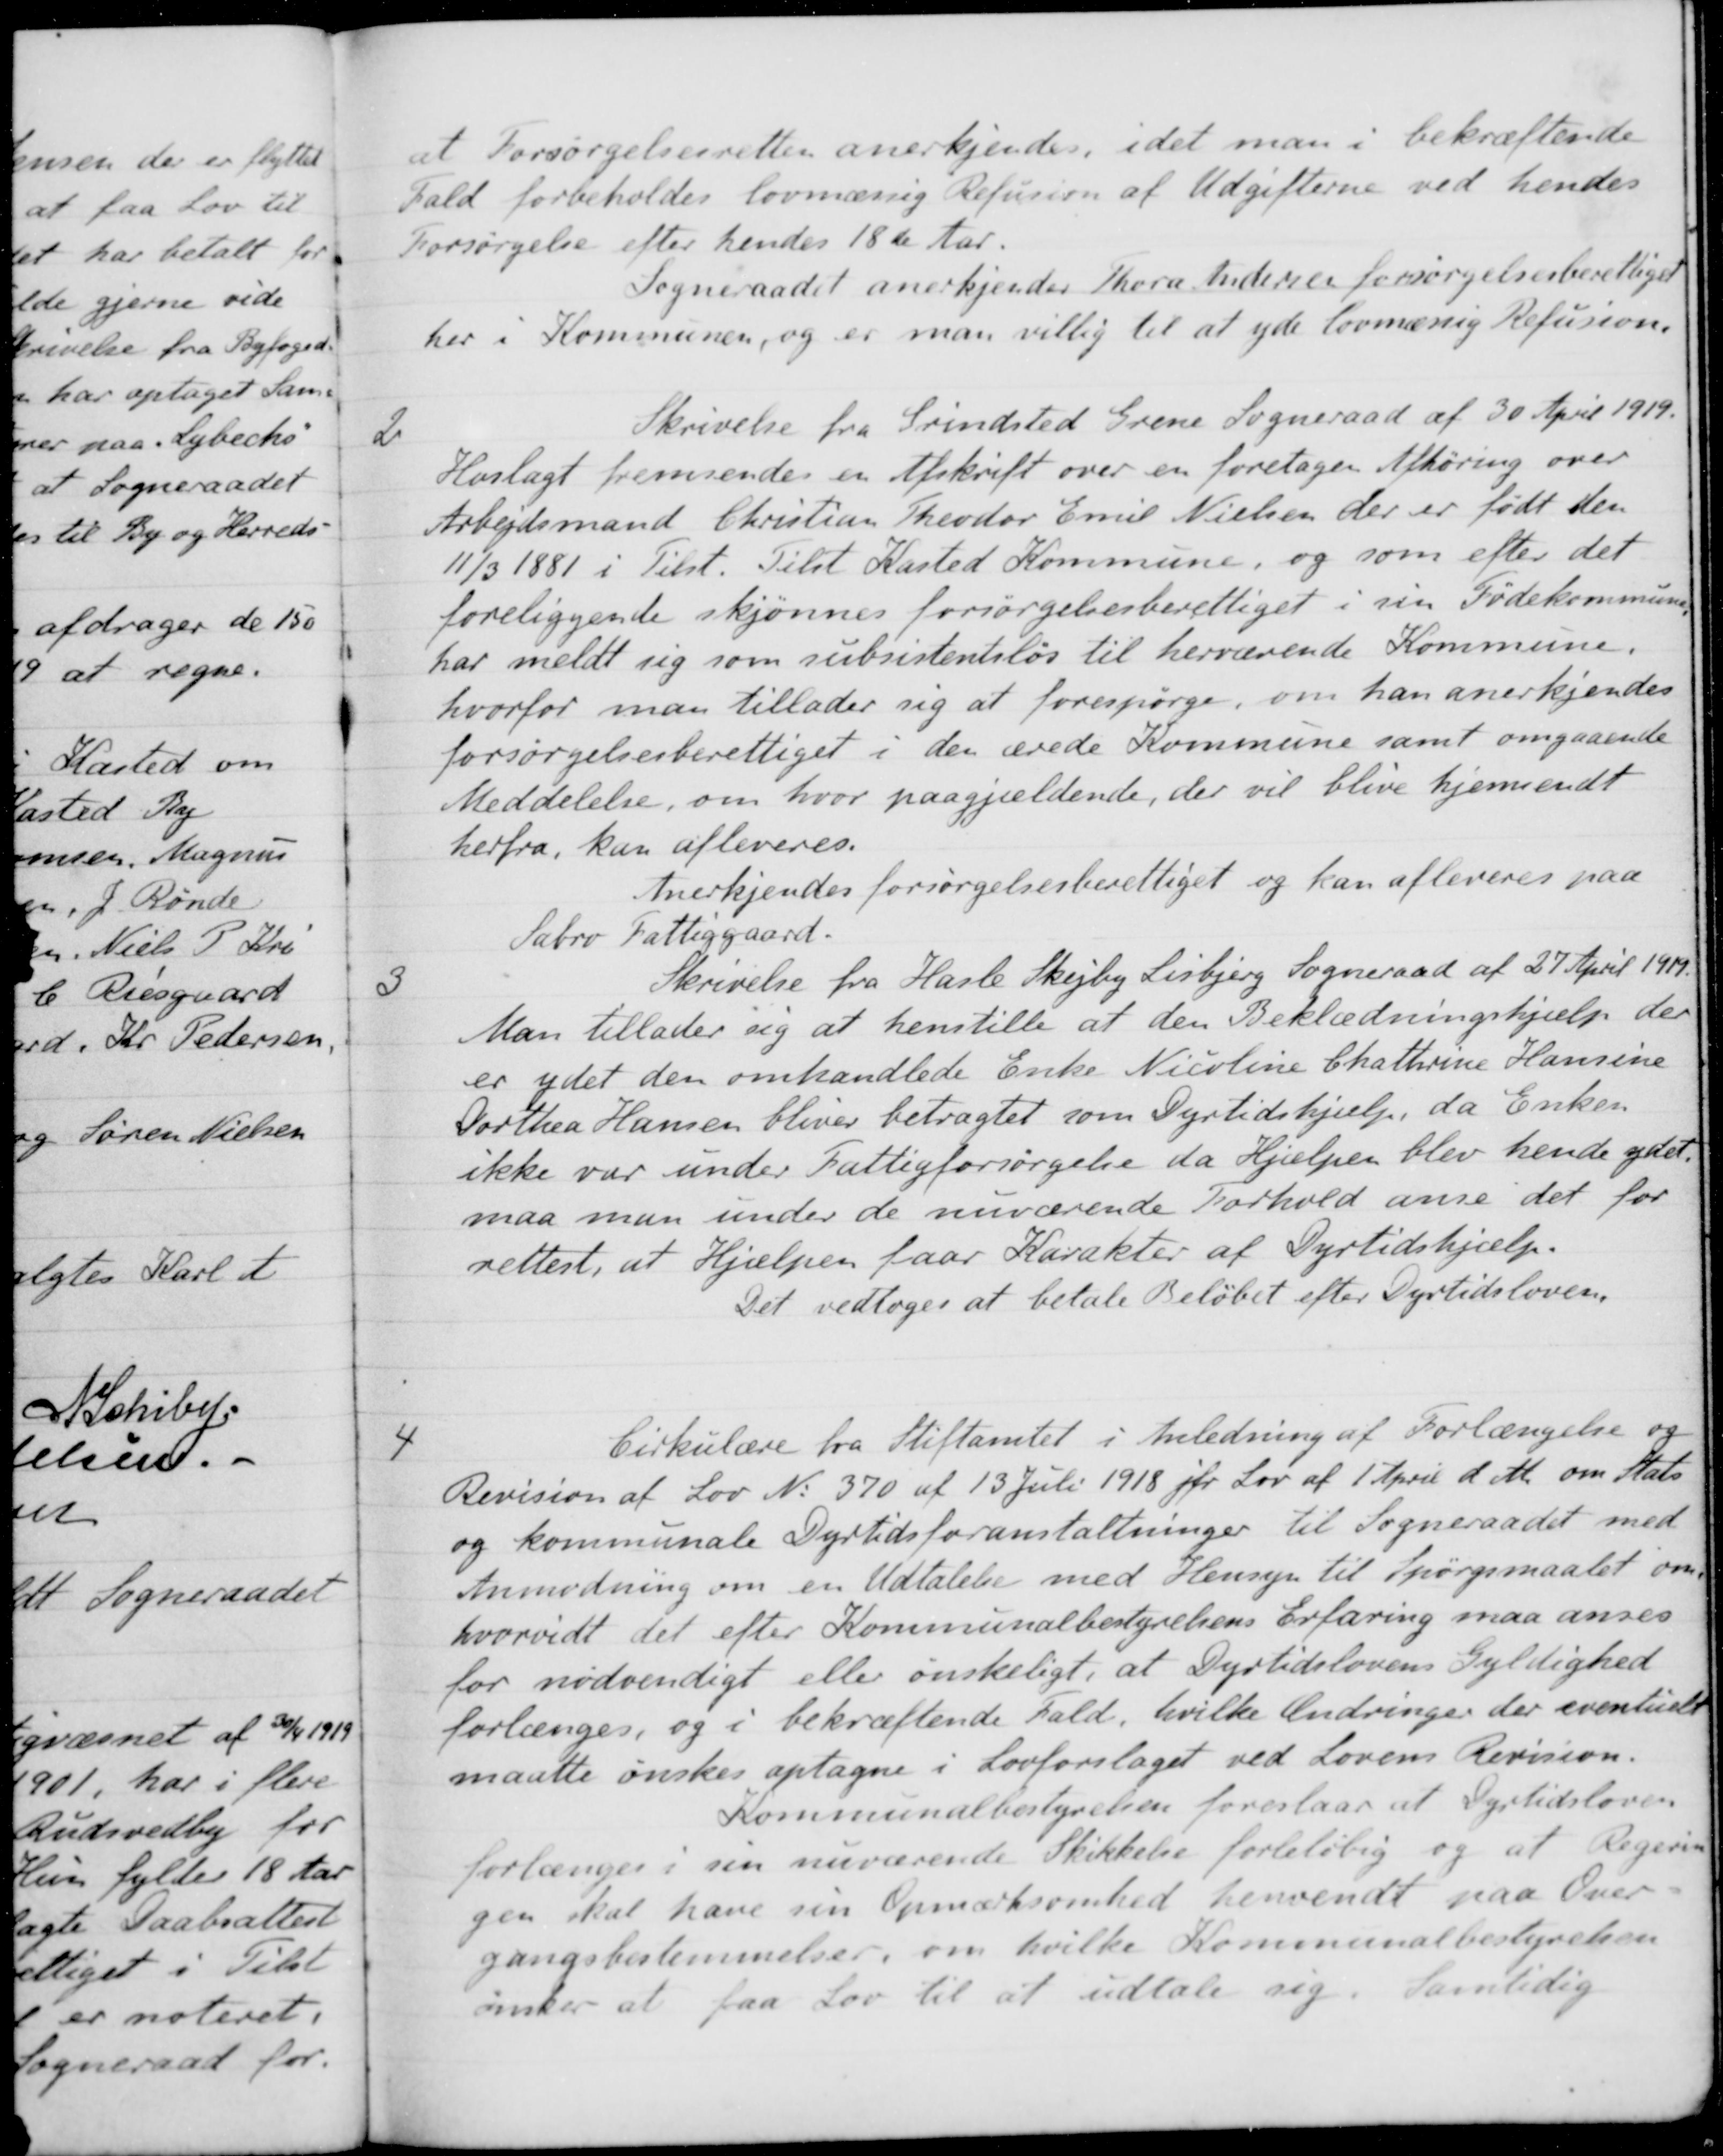
Transskription:
at Forsørgelsesretten anerkjendes, idet man i bekræftende
Fald forbeholdes lovmæssig Refusion af Udgifterne ved hendes
Forsørgelse efter hendes 18de Aar.
Sogneraadet anerkjender Thora Andersen forsørgelsesberettiget
her i Kommunen, og er man villig til at yde lovmæssig Refusion.
2
Skrivelse fra Grindsted Grene Sogneraad af 30 April 1919.
Hoslagt fremsendes en Afskrift over en foretagen Afhøring over
Arbejdsmand Christian Theodor Emil Nielsen, der er født den
11/3 1881 i Tilst. Tilst Kasted Kommune, og som efter det
foreliggende skjønnes forsørgelsesberettiget i sin Fødekommune
har meldt sig som subsistentsløs til herværende Kommune.
hvorfor man tillader sig at forespørge, om han anerkjendes
forsørgelsesberettiget i den ærede Kommune samt omgaaende
Meddelelse, om hvor paagjældende, der vil blive hjemsendt
herfra, kan afleveres.
Anerkjendes forsørgelsesberettiget og kan afleveres paa
Sabro Fattiggaard.
3
Skrivelse fra Hasle Skejby Lisbjerg Sogneraad af 27 April 1919
Man tillader sig at henstille at den Beklædningshjælp der
er ydet den omhandlede Enke Nicoline Chathrine Hansine
Dorthea Hansen bliver betragtet som Dyrtidshjælp, da Enken
ikke var under Fattigforsørgelse da Hjælpen blev hende ydet.
maa man under de nuværende Forhold anse det for
rettest, at Hjælpen faar Karakter af Dyrtidshjælp.
Det vedtoges at betale Beløbet efter Dyrtidsloven,
4
Cirkulære fra Stiftamtet i Anledning af Forlængelse og
Revision af Lov No 370 af 13 Juli 1918 jfr Lov af 1 April d. M. om Stats
og kommunale Dyrtidsforanstaltninger til Sogneraadet med
Anmodning om en Udtalelse med Hensyn til Spørgsmaalet om
hvorvidt det efter Kommunalbestyrelsens Erfaring maa anses
for nødvendigt eller ønskeligt, at Dyrtidslovens Gyldighed
forlænges, og i bekræftende Fald, hvilke Ændringer der eventuelt
maatte ønskes optagne i Lovforslaget ved Lovens Revision.
Kommunalbestyrelsen foreslaar at Dyrtidsloven
forlænges i sin nuværende Skikkelse foreløbig og at Regerin-
gen skal have sin Opmærksomhed henvendt paa Over-
gangsbestemmelser om hvilke Kommunalbestyrelsen
ønker at faa Lov til at udtale sig. Samtidig